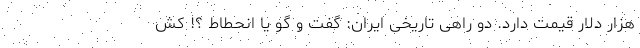
هزار دلار قیمت دارد. دو راهی تاریخی ایران: گفت و گو یا انحطاط ؟! کش